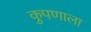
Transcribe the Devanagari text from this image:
कुपणाला